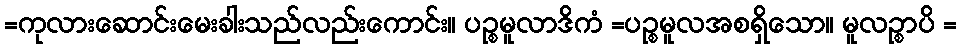
=ကုလားဆောင်းမေးခါးသည်လည်းကောင်း။ ပဉ္စမူလာဒိကံ =ပဉ္စမူလအစရှိသော။ မူလဉ္စာပိ =